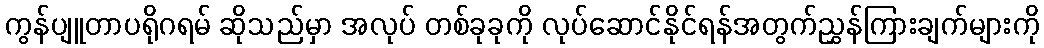
ကွန်ပျူတာပရိုဂရမ် ဆိုသည်မှာ အလုပ် တစ်ခုခုကို လုပ်ဆောင်နိုင်ရန်အတွက်ညွှန်ကြားချက်များကို